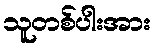
သူတစ်ပါးအား